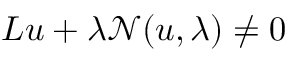
L u + \lambda \mathcal { N } ( u , \lambda ) \neq 0